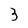
Character: 3